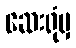
ဆေးရုံမှ